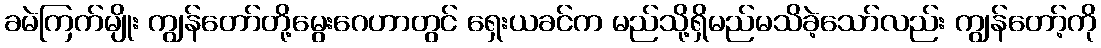
ခမဲကြက်မျိုး ကျွန်တော်တို့မွေးဂေဟာတွင် ရှေးယခင်က မည်သို့ရှိမည်မသိခဲ့သော်လည်း ကျွန်တော့်ကို